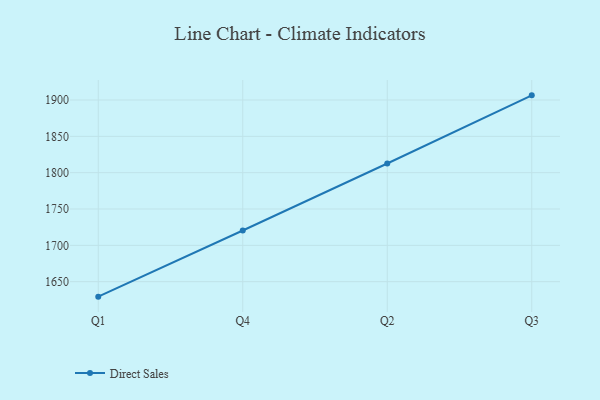
{"axis": {"x": "Quarter", "y": "Demand Index"}, "legend": ["Direct Sales"], "data": [{"x": "Q1", "y": 1629.4, "type": "Direct Sales"}, {"x": "Q4", "y": 1720.4, "type": "Direct Sales"}, {"x": "Q2", "y": 1812.6, "type": "Direct Sales"}, {"x": "Q3", "y": 1906.4, "type": "Direct Sales"}]}